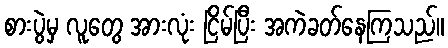
စားပွဲမှ လူတွေ အားလုံး ငြိမ်ပြီး အကဲခတ်နေကြသည်။